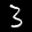
Label: 3